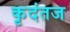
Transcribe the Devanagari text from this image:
कृदंतज